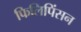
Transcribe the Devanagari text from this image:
फिलिपिंसन